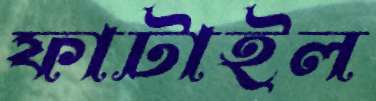
ফাটাইল